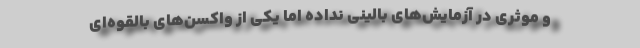
و موثری در آزمایش‌های بالینی نداده اما یکی از واکسن‌های بالقوه‌ای